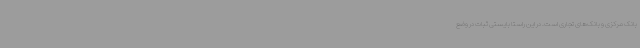
بانک مرکزی و بانک‌های تجاری است. در این راستا بایستی ثبات در وضع